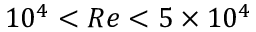
1 0 ^ { 4 } < R e < 5 \times 1 0 ^ { 4 }